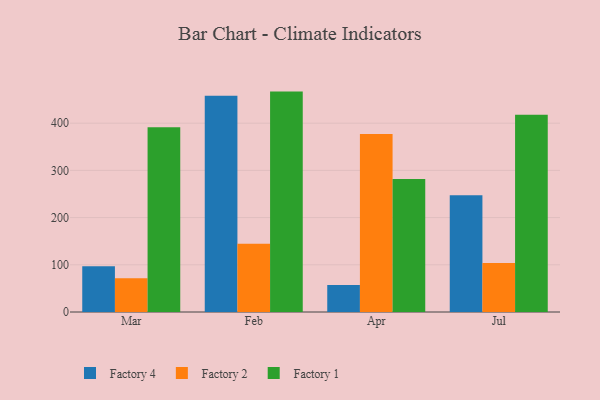
{"axis": {"x": "Month", "y": "Revenue (USD Million)"}, "legend": ["Factory 1", "Factory 2", "Factory 4"], "data": [{"x": "Mar", "y": 97.0, "type": "Factory 4"}, {"x": "Mar", "y": 71.6, "type": "Factory 2"}, {"x": "Mar", "y": 391.3, "type": "Factory 1"}, {"x": "Feb", "y": 458.2, "type": "Factory 4"}, {"x": "Feb", "y": 144.6, "type": "Factory 2"}, {"x": "Feb", "y": 466.9, "type": "Factory 1"}, {"x": "Apr", "y": 57.4, "type": "Factory 4"}, {"x": "Apr", "y": 377.2, "type": "Factory 2"}, {"x": "Apr", "y": 281.8, "type": "Factory 1"}, {"x": "Jul", "y": 247.4, "type": "Factory 4"}, {"x": "Jul", "y": 103.7, "type": "Factory 2"}, {"x": "Jul", "y": 418.1, "type": "Factory 1"}]}